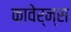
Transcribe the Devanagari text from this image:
कावेर्न्स